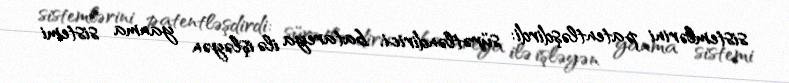
sistemlərini patentləşdirdi: sürətləndirici, batareya ilə işləyən yanma sistemi